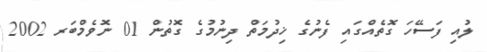
ލުއި ފަސޭހަ ގޮތެއްގައި ފެނުގެ ޚިދުމަތް ދިނުމުގެ ގޮތުން 01 ނޮވެމްބަރ 2002